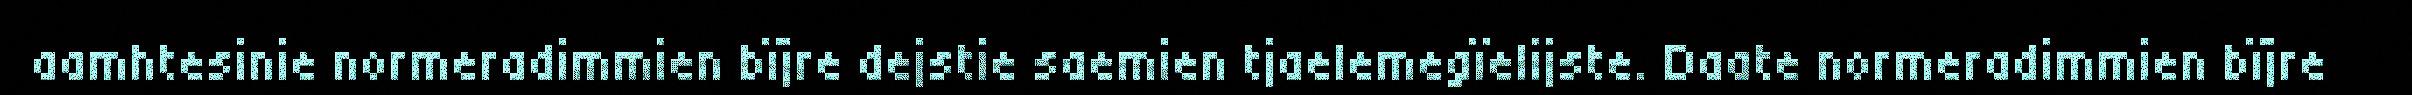
aamhtesinie normeradimmien bïjre dejstie saemien tjaelemegïelijste. Daate normeradimmien bïjre